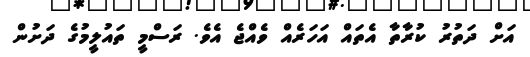
އަށް ދަތުރު ކުރާތާ އެތައް އަހަރެއް ވެއްޖެ އެވެ. ރަސްމީ ތައުލީމުގެ ދަށުން